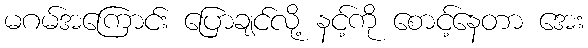
မဂမ်အကြောင်း ပြောချင်လို့ နင့်ကို စောင့်နေတာ အေး